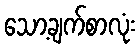
သော့ချက်စာလုံး